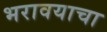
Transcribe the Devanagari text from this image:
भरावयाचा